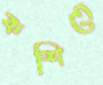
কশিতে